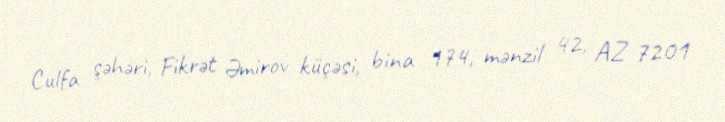
Culfa şəhəri, Fikrət Əmirov küçəsi, bina 174, mənzil 42, AZ 7201